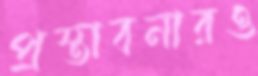
প্রস্তাবনারও